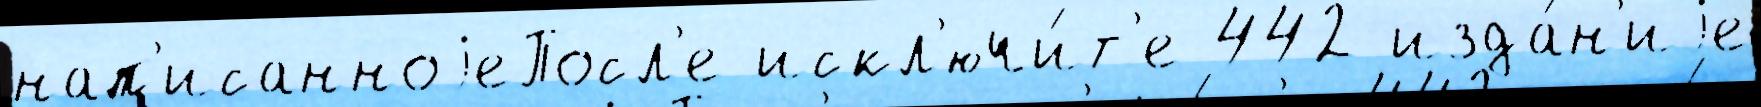
нап'исанноjеПосл'е искл'ючи́т'е 442 изда́н'иjе